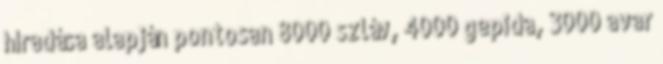
híradása alapján pontosan 8000 szláv, 4000 gepida, 3000 avar